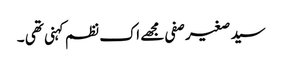
سید صغیر صفی مجھے اک نظم کہنی تھی ۔